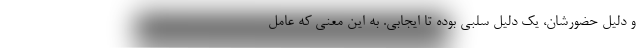
و دلیل حضورشان، یک دلیل سلبی بوده تا ایجابی. به این معنی که عامل